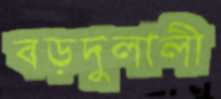
বড়দুলালী